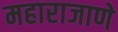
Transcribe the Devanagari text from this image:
महाराजाणे